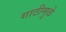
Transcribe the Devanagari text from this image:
गाठीमुळे